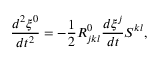
\frac { d ^ { 2 } \xi ^ { 0 } } { d t ^ { 2 } } = - \frac { 1 } { 2 } R _ { j k l } ^ { 0 } \frac { d \xi ^ { j } } { d t } S ^ { k l } ,